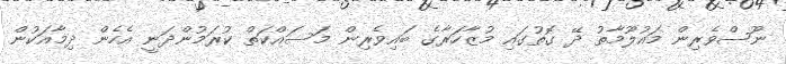
ނޫސްވެރިން މައުލޫމާތު ދޭ ގޮތުގައި މުޒާހަރާގެ ބައިވެރިން މަސައްކަތް ކުރަމުންދަނީ އެހެން ދިމާއަކުން